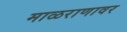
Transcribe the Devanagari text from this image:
माळराणावर